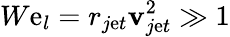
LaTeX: W\mathrm{e}_{l}=r_{j\mathrm{e}t}\mathbf{v}_{j\mathrm{e}t}^{2}\gg1